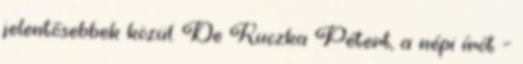
jelentősebbek közül. De Kuczka Pétert, a népi írót –